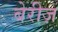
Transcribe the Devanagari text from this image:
बेरीज़